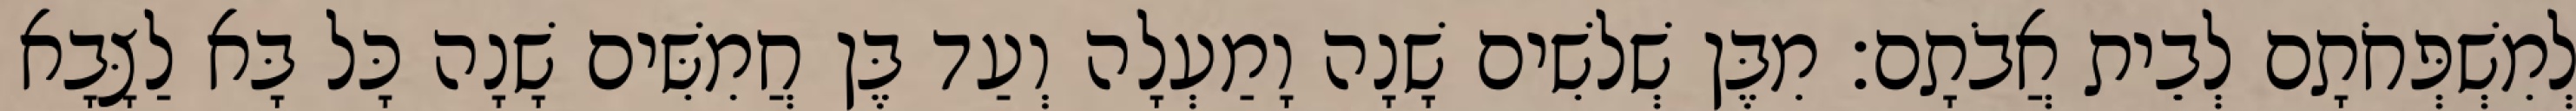
לְמִשְׁפְּחֹתָם לְבֵית אֲבֹתָם׃ מִבֶּן שְׁלשִׁים שָׁנָה וָמַעְלָה וְעַד בֶּן חֲמִשִּׁים שָׁנָה כָּל בָּא לַצָּבָא